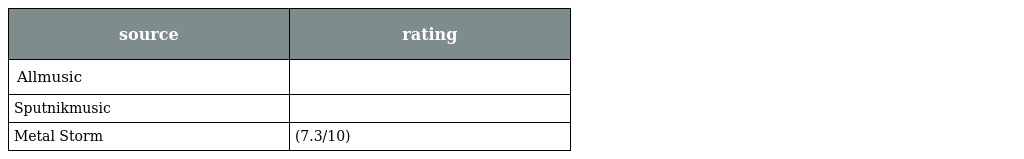
| source | rating |
 | --- | --- |
 | Allmusic |  |
 | Sputnikmusic |  |
 | Metal Storm | (7.3/10) |